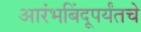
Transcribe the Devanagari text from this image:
आरंभबिंदूपर्यंतचे